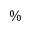
\%